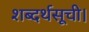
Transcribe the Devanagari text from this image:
शब्दर्थसूची।